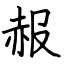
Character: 赧